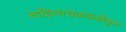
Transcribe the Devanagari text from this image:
साहित्यचळवळीतून